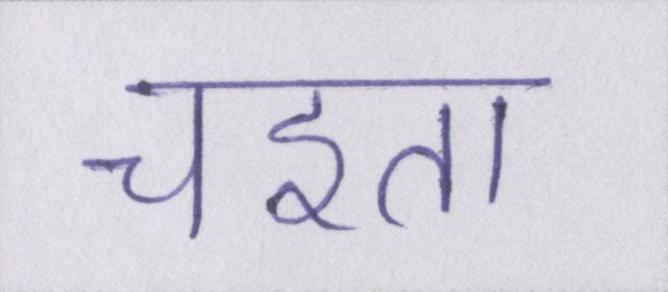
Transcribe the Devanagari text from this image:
चइता